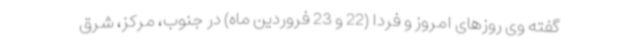
گفته وی روزهای امروز و فردا (22 و 23 فروردین ماه) در جنوب، مرکز، شرق